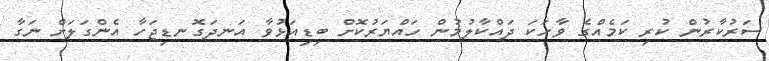
ސަރުކާރުން ކުރި ކަމެއްގެ ވާހަކަ ދައްކާލުމުން ހައްޔަރުކޮށް ބިޑިއަޅުވާ އަނދަގޮނޑިޖަހާ އެންގަލަށް ނަގާ